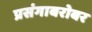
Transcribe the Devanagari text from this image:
प्रसंगाबरोबर